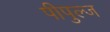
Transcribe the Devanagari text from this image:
पीपुल्ज